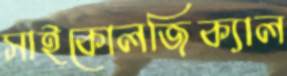
সাইকোলজিক্যাল